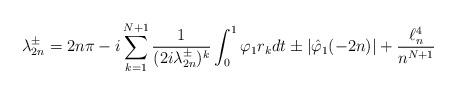
LaTeX: \begin{align*}\lambda_{2n}^\pm =2n\pi -i\sum_{k=1}^{N+1}\frac{1}{(2i\lambda_{2n}^\pm)^k}\int_0^1 \varphi_1r_k dt \pm|\hat \varphi_1(-2n)| +\frac{\ell^4_n }{n^{N+1}}\end{align*}